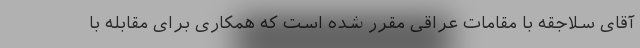
آقای سلاجقه با مقامات عراقی مقرر شده است که همکاری برای مقابله با